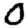
Digit: 0